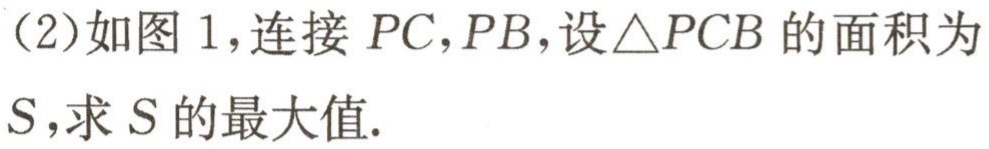
（2）如图 1，连接 \(PC,PB\)，设\(\triangle PCB\) 的面积为 \(S\)，求 \(S\) 的最大值.